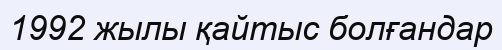
1992 жылы қайтыс болғандар